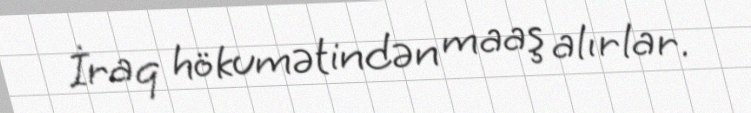
İraq hökumətindən maaş alırlar.